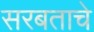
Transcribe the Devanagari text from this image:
सरबताचे